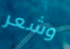
وشعر